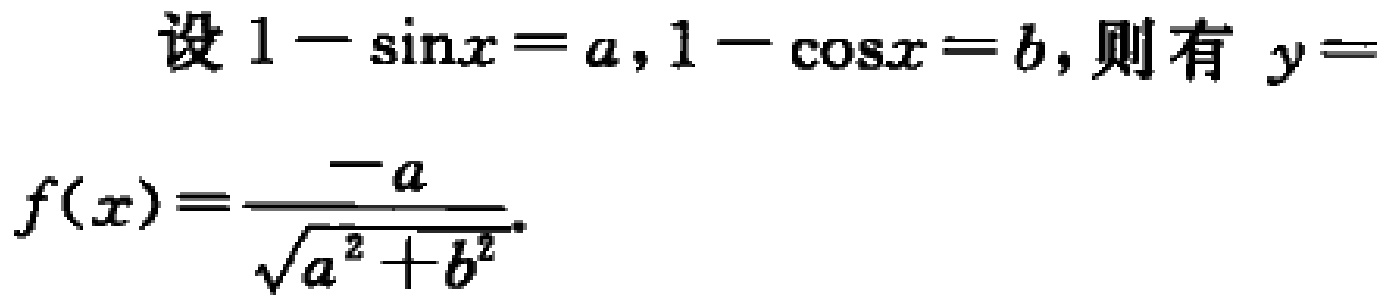
设 \(1 - \sin x = a,1 - \cos x = b\)，则有 \(y = f(x)=\frac{-a}{\sqrt{a^{2}+b^{2}}}\)